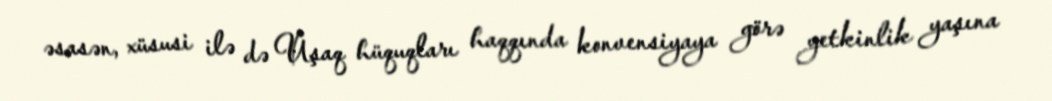
əsasən, xüsusi ilə də Uşaq hüquqları haqqında konvensiyaya görə yetkinlik yaşına